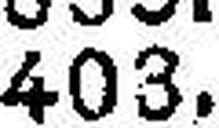
403.—